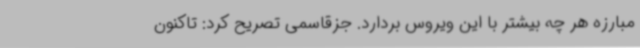
مبارزه هر چه بیشتر با این ویروس بردارد. جزقاسمی تصریح کرد: تاکنون